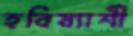
হবিষ্যাশী